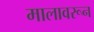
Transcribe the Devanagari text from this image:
मालावरून